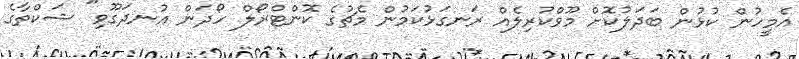
އެމީހުން ކުޅުން ބަދަލުކޮށް މޫވްކުރިލެއް ރަނގަޅުކަމުން މެޗުގެ ކޮންޓްރޯލް ހޯދަން އުނދަގޫވި" ޝަކްތާގެ